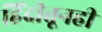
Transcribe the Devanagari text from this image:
हिंदीतूनही